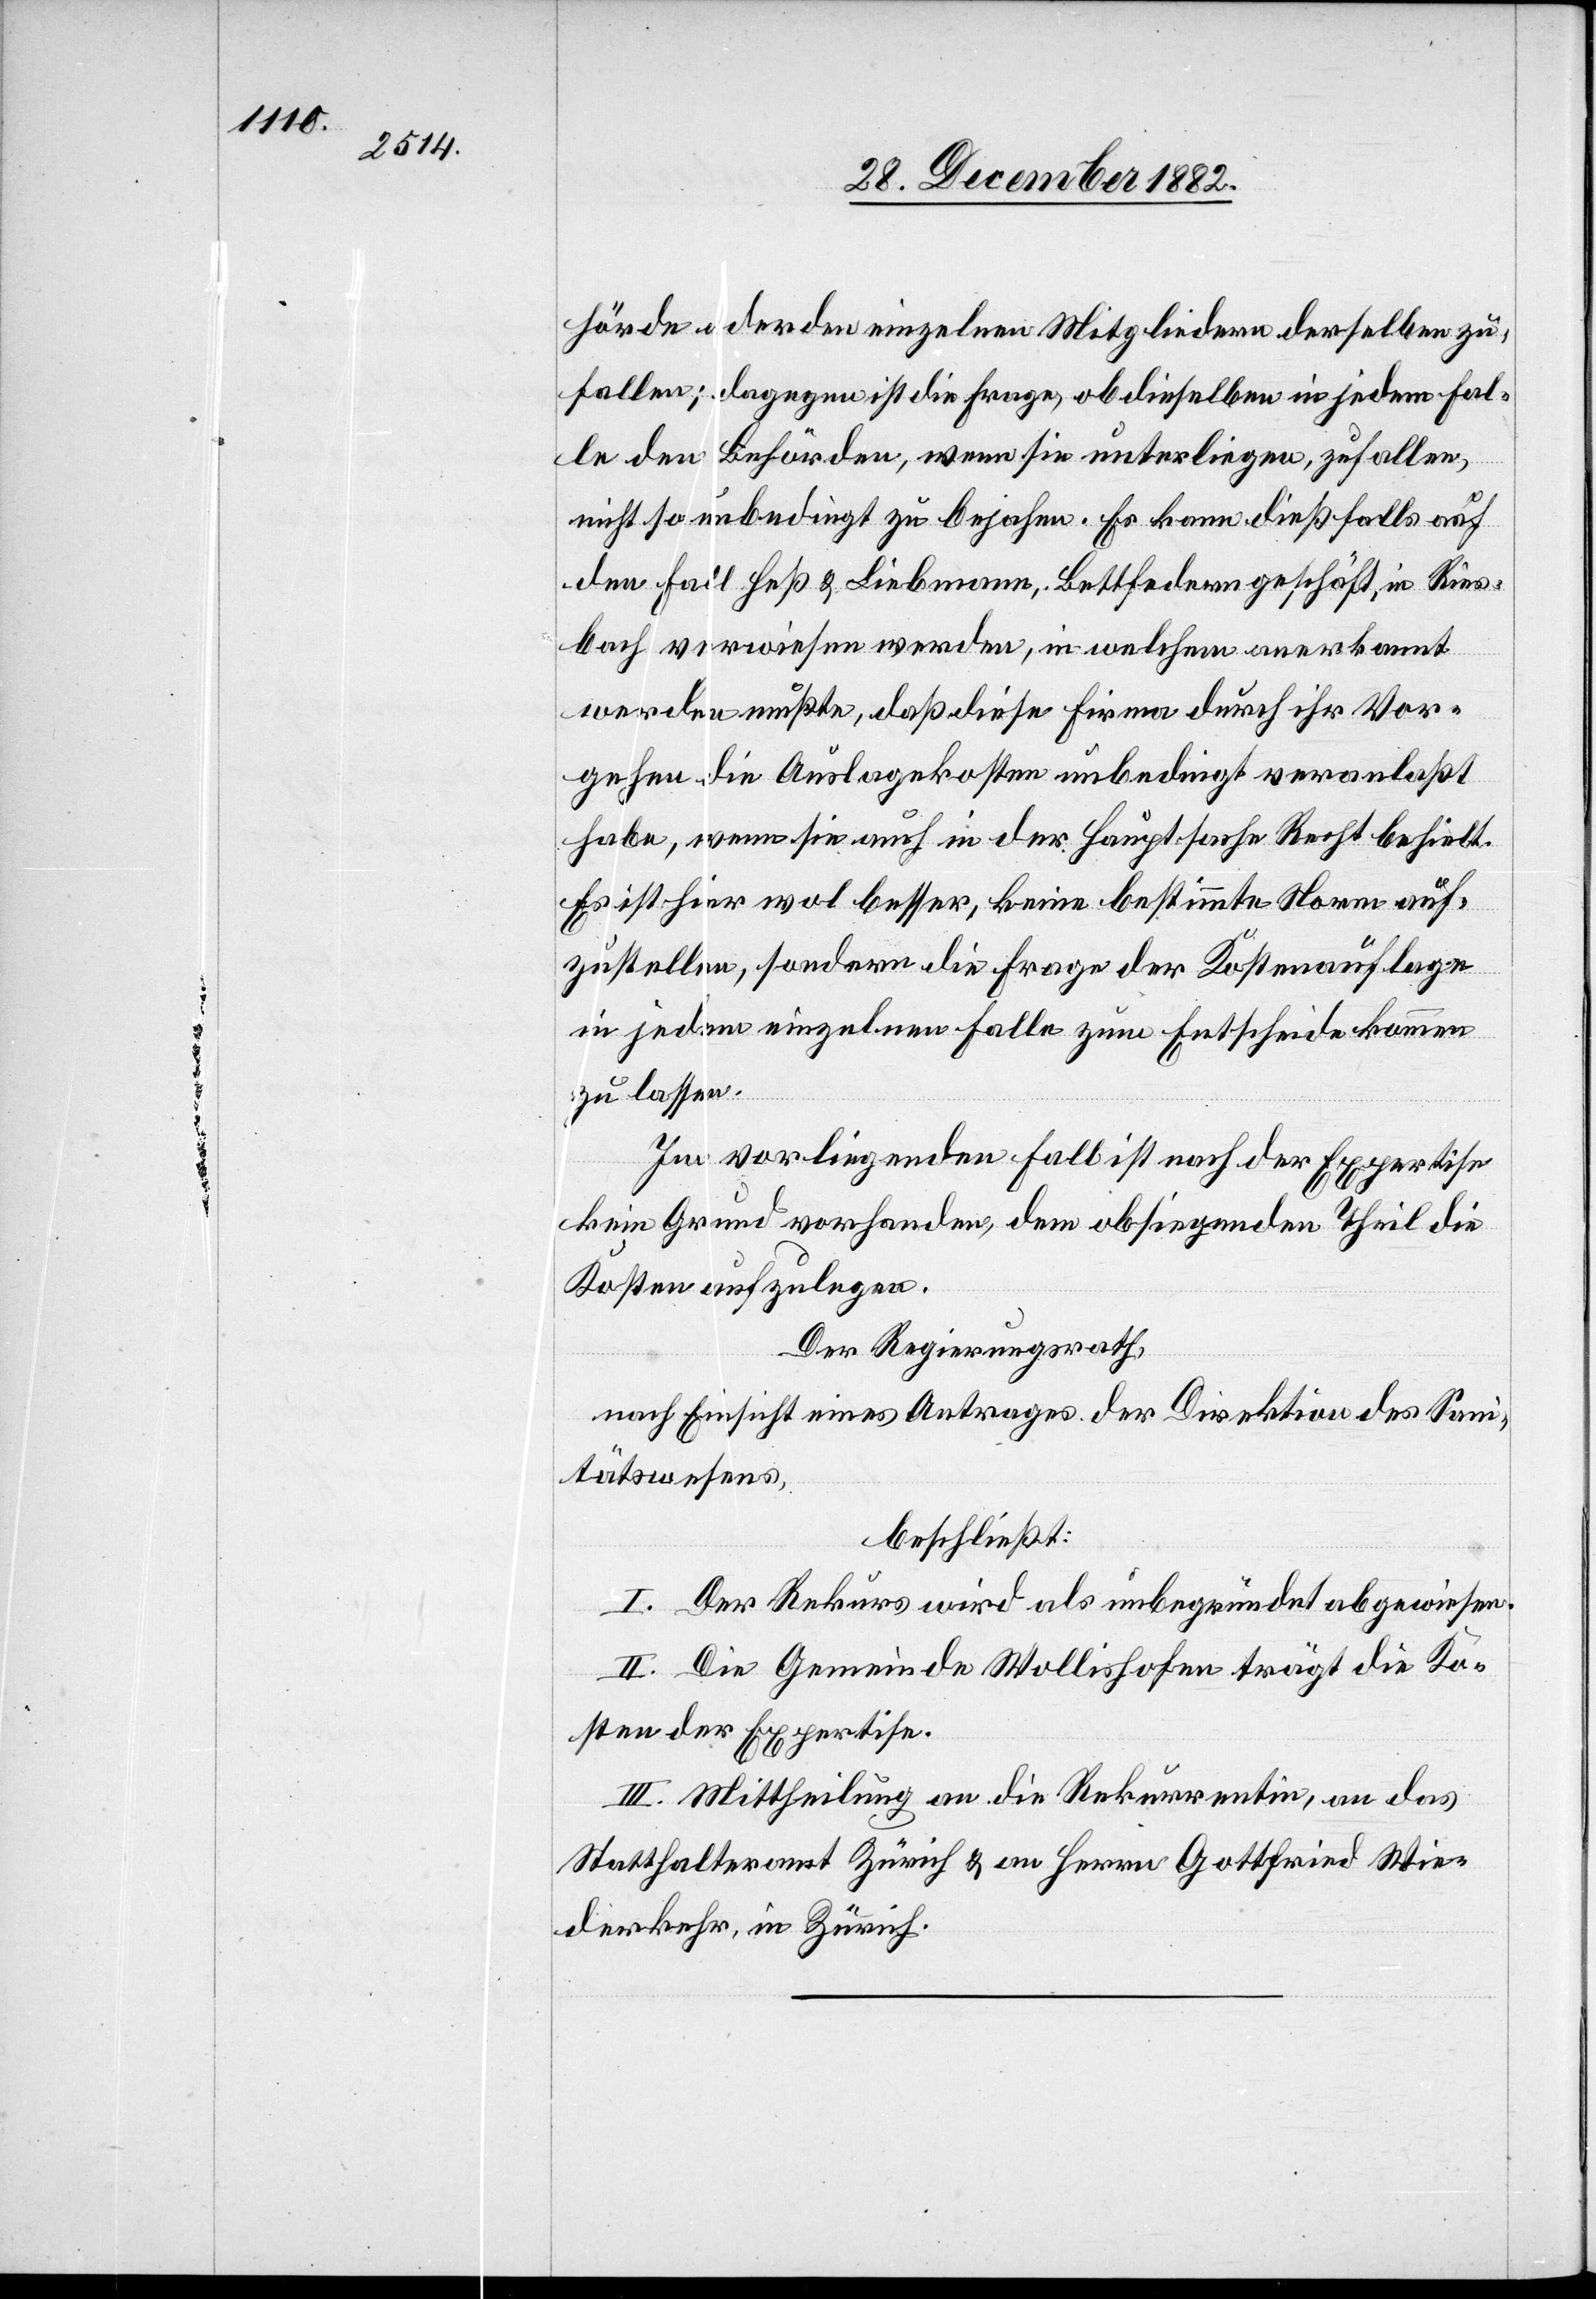
hörde oder den einzelnen Mitgliedern derselben zu¬
fallen; dagegen ist die Frage, ob dieselben in jedem Fal¬
le den Behörden, wenn sie unterliegen, zufallen,
nicht so unbedingt zu bejahen. Es kann dießfalls auf
den Fall Heß & Liebmann, Bettfederngeschäft, in Ries¬
bach verwiesen werden, in welchem anerkannt
werden mußte, daß diese Firma durch ihr Vor¬
gehen die Auslagekosten unbedingt veranlaßt
habe, wenn sie auch in der Hauptsache Recht behielt.
Es ist hier wol besser, keine bestimmte Norm auf¬
zustellen, sondern die Frage der Kostenauflage
in jedem einzelnen Falle zum Entscheide kommen
zu lassen.
Im vorliegenden Fall ist nach der Expertise
kein Grund vorhanden, dem obsiegenden Theil die
Kosten aufzulegen.
Der Regierungsrath,
nach Einsicht eines Antrages der Direktion des Sani¬
tätswesens,
beschließt:
I. Der Rekurs wird als unbegründet abgewiesen.
II. Die Gemeinde Wollishofen trägt die Ko¬
sten der Expertise.
III. Mittheilung an die Rekurrentin, an das
Statthalteramt Zürich & an Herrn Gottfried Wie¬
derkehr, in Zürich.